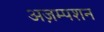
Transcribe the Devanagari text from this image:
अज़म्पशन